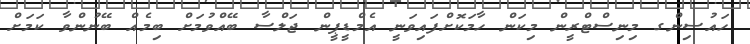
ހައުސިންގ މިނިސްޓްރީން މިކަން ހާމަކޮށްފައިވަނީ އެމްޑީޕީން ޖަލްސާ ބޭއްވުމަށް ބިމެއް ބޭނުންވާ ކަމަށް